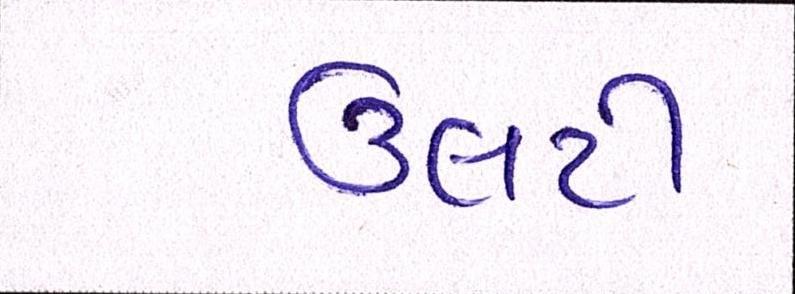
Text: ઉલટી